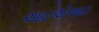
આઇએઆઇ